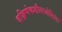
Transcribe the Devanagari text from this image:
दक्षिणेकडीलओडिशा